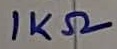
Text: 1KΩ